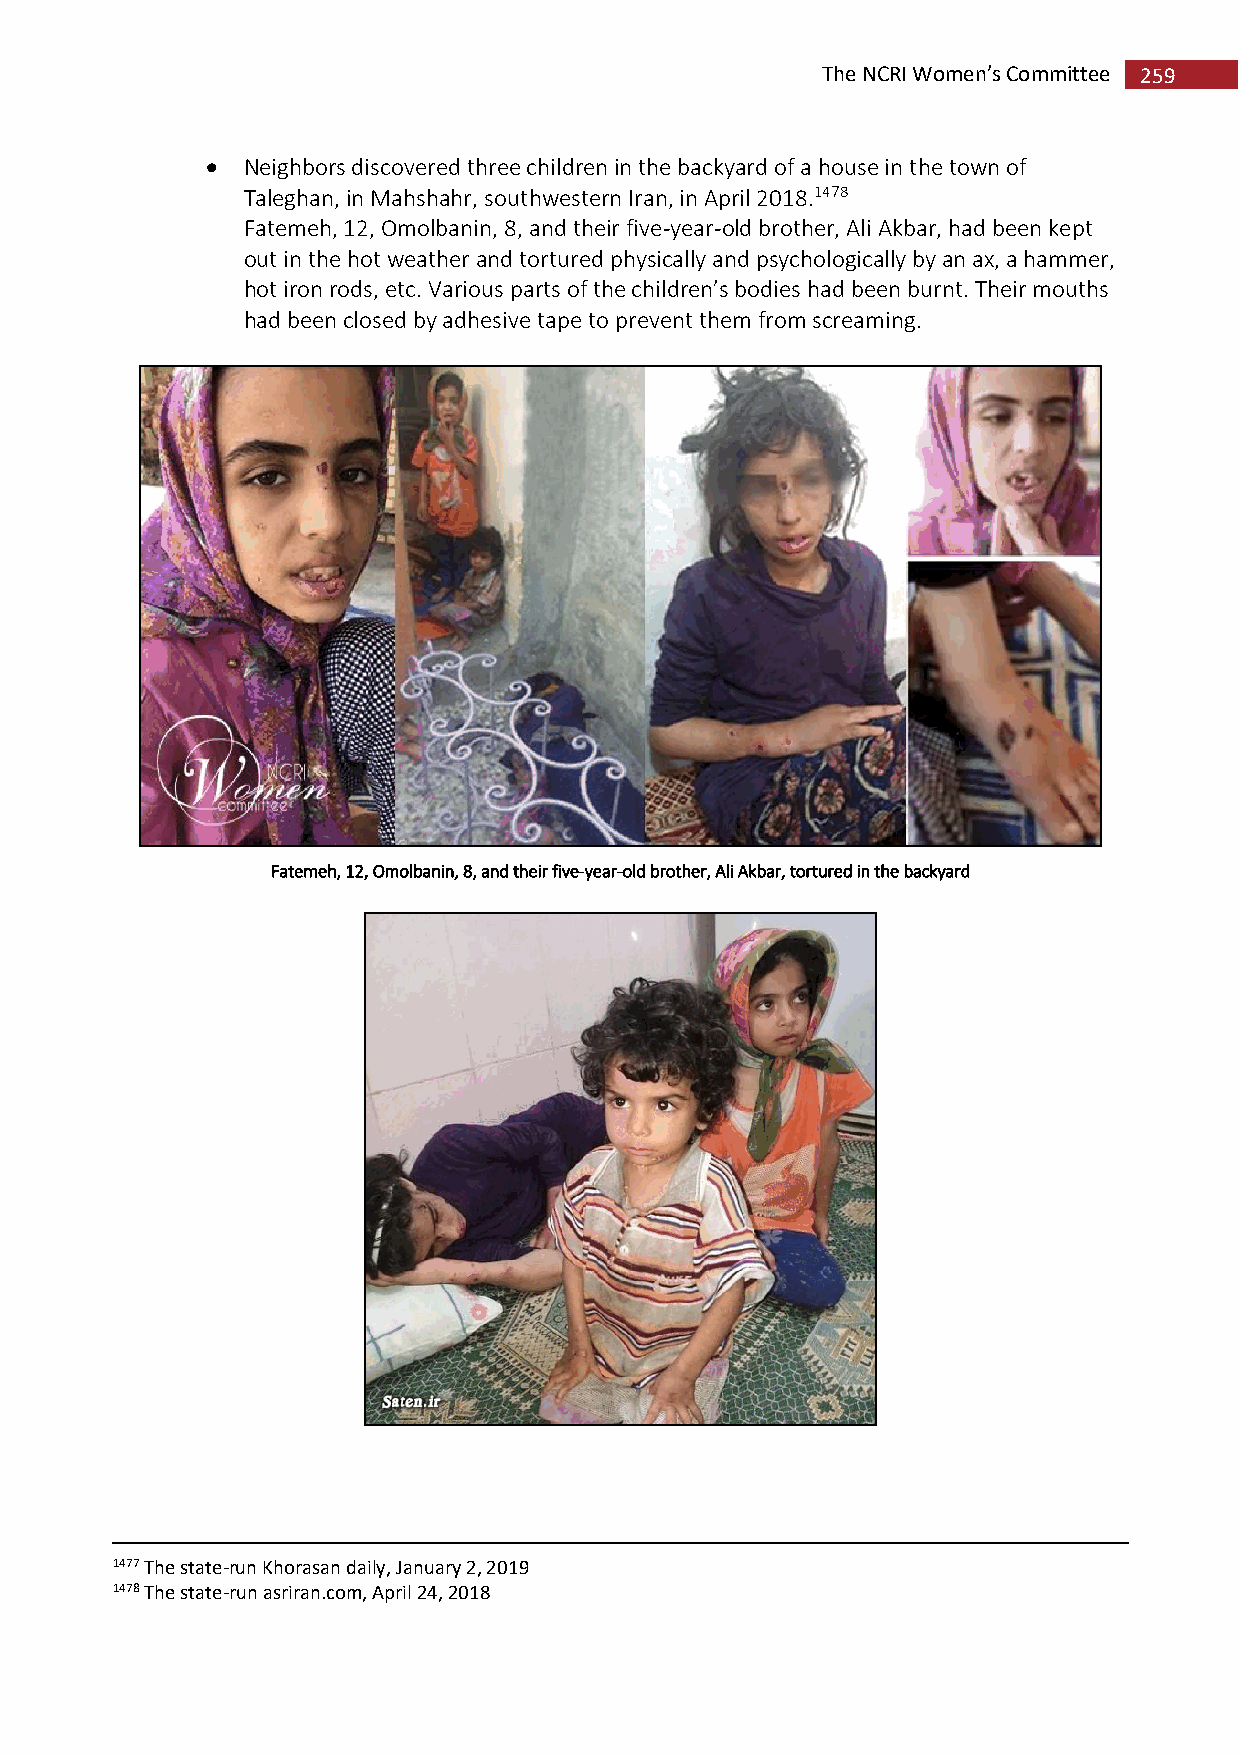
The NCRI Women’s Committee 259
  Neighbors discovered three children in the backyard of a house in the town of
 Taleghan, in Mahshahr, southwestern Iran, in April 2018.1478
 Fatemeh, 12, Omolbanin, 8, and their five-year-old brother, Ali Akbar, had been kept
 out in the hot weather and tortured physically and psychologically by an ax, a hammer,
 hot iron rods, etc. Various parts of the children’s bodies had been burnt. Their mouths
 had been closed by adhesive tape to prevent them from screaming.
 Fatemeh, 12, Omolbanin, 8, and their five-year-old brother, Ali Akbar, tortured in the backyard
 1477 The state-run Khorasan daily, January 2, 2019
 1478 The state-run asriran.com, April 24, 2018